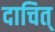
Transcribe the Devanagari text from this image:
दाचित्